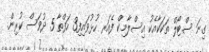
ގިނަ ސްޓޯލް ތަކަކާއެކު އިސްލާމިކް ފެއަރ ހުޅުވައިފި3 ހަފްތާ 5 ދުވަސް ކުރިން.